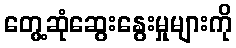
တွေ့ဆုံဆွေးနွေးမှုများကို